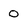
Character: 0